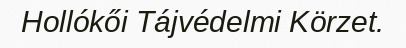
Hollókői Tájvédelmi Körzet.